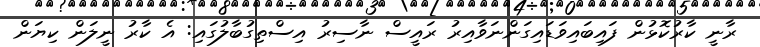
ރާނީ ކާރުކޮޅުން ފައިބައިވަޑައިގަންނަވާއިރު ރައީސް ނާސިރު އިސްތިގުބާލުގައި: އެ ކާރު ނީލަން ކިޔަން